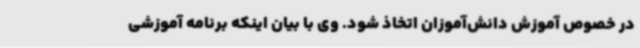
در خصوص آموزش دانش‌آموزان اتخاذ شود. وی با بیان اینکه برنامه آموزشی